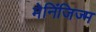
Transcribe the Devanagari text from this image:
मेनिंजिज्म